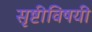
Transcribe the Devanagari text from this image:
सृष्टीविषयी